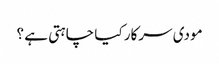
مودی سرکار کیا چاہتی ہے ؟